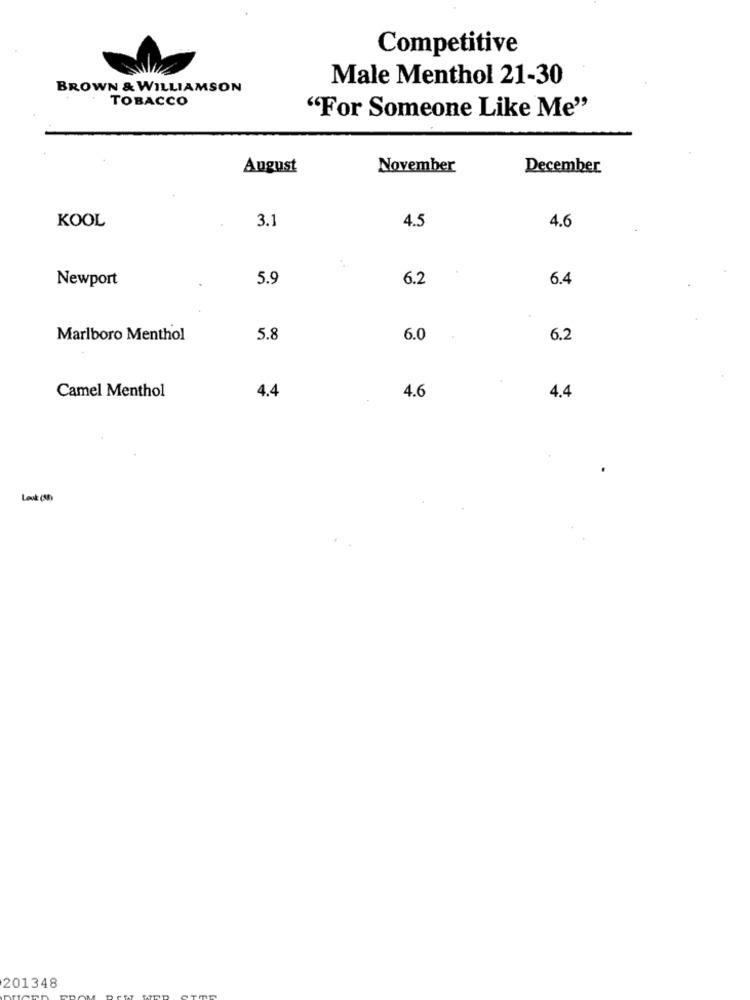
Competitive
Male Menthol 21-30
BROWN & WILLIAMSON
TOBACCO
"For Someone Like Me"
August
November
December
KOOL
3.1
4.5
4.6
Newport
5.9
6.2
6.4
Marlboro Menthol
5.8
6.0
6.2
Camel Menthol
4.4
4.6
4.4
Look (10)
201348